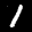
Label: 1